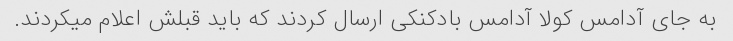
به جای آدامس کولا آدامس بادکنکی ارسال کردند که باید قبلش اعلام میکردند.